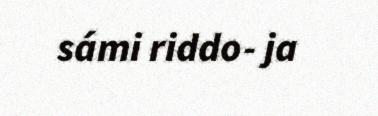
sámi riddo- ja